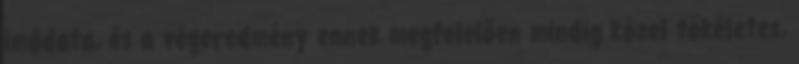
imádata, és a végeredmény ennek megfelelően mindig közel tökéletes,